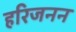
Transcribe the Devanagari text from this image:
हरिजनन